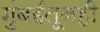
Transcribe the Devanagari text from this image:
मुंबईतूनही